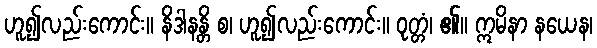
ဟူ၍လည်းကောင်း။ နိဒါနန္တိ စ၊ ဟူ၍လည်းကောင်း။ ဝုတ္တံ၊ ၏။ ဣမိနာ နယေန၊